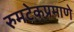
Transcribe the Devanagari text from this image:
रुमटेकप्रमाणे